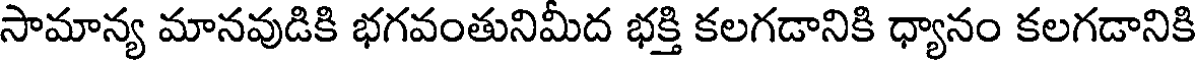
సామాన్య మానవుడికి భగవంతునిమీద భక్తి కలగడానికి ధ్యానం కలగడానికి